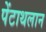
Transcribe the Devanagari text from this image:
पेंटाथलान